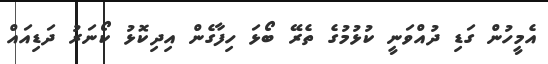
އެމީހުން ގަޑި ދުއްވަނީ ކުޅުމުގެ ތެރޭ ބޯޅަ ހިފާގެން އިދިކޮޅު ކޯނަރު ދަޑިއައް